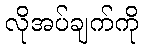
လိုအပ်ချက်ကို